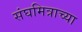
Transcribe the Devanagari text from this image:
संघमित्राच्या